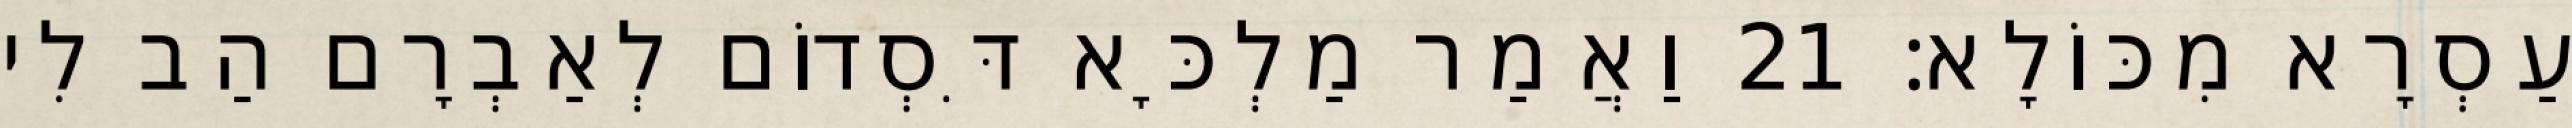
עַסְרָא מִכּוֹלָא׃ 21 וַאֲמַר מַלְכָּא דִּסְדוֹם לְאַבְרָם הַב לִי